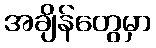
အချိန်တွေမှာ